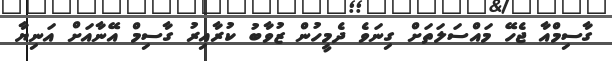
ގާސިމްއާ ޖެހޭ މައްސަލަތަށް ގިނަވެ ދެމީހުން ޒުވާބު ކުރާއިރު ގާސިމް އޭނާއަށް އަނިޔާ